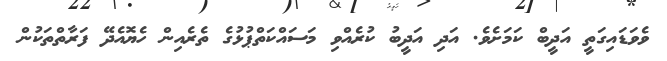
ވެވަޑައިގަތީ އަދީބް ކަމަށެވެ. އަދި އަދީބު ކުރެއްވި މަސައްކަތްޕުޅުގެ ތެރެއިން ހެޔޮއެދޭ ފަރާތްތަކުން